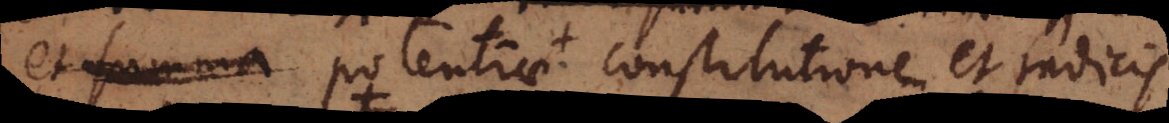
et summa potentiae constitutione et radicis